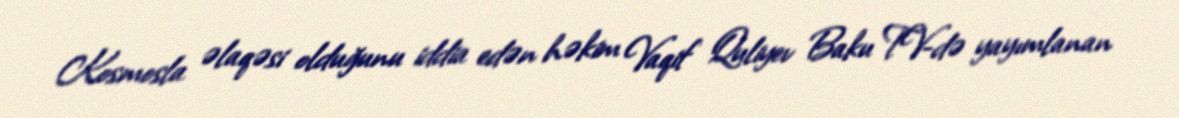
Kosmosla əlaqəsi olduğunu iddia edən həkim Vaqif Quliyev Baku TV-də yayımlanan